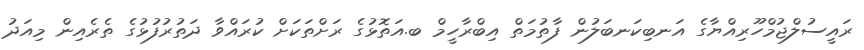
ރައީސުލްޖުމްހޫރިއްޔާގެ އަނބިކަނބަލުން ފާތުމަތް އިބްރާހީމް ބ.އަތޮޅުގެ ރަށްތަކަށް ކުރައްވާ ދަތުރުފުޅުގެ ތެރެއިން މިއަދު